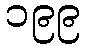
၁၉၉